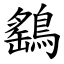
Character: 鷂